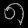
Digit: ၈